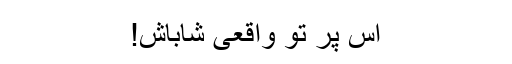
اس پر تو واقعی شاباش!